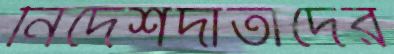
নির্দেশদাতাদের